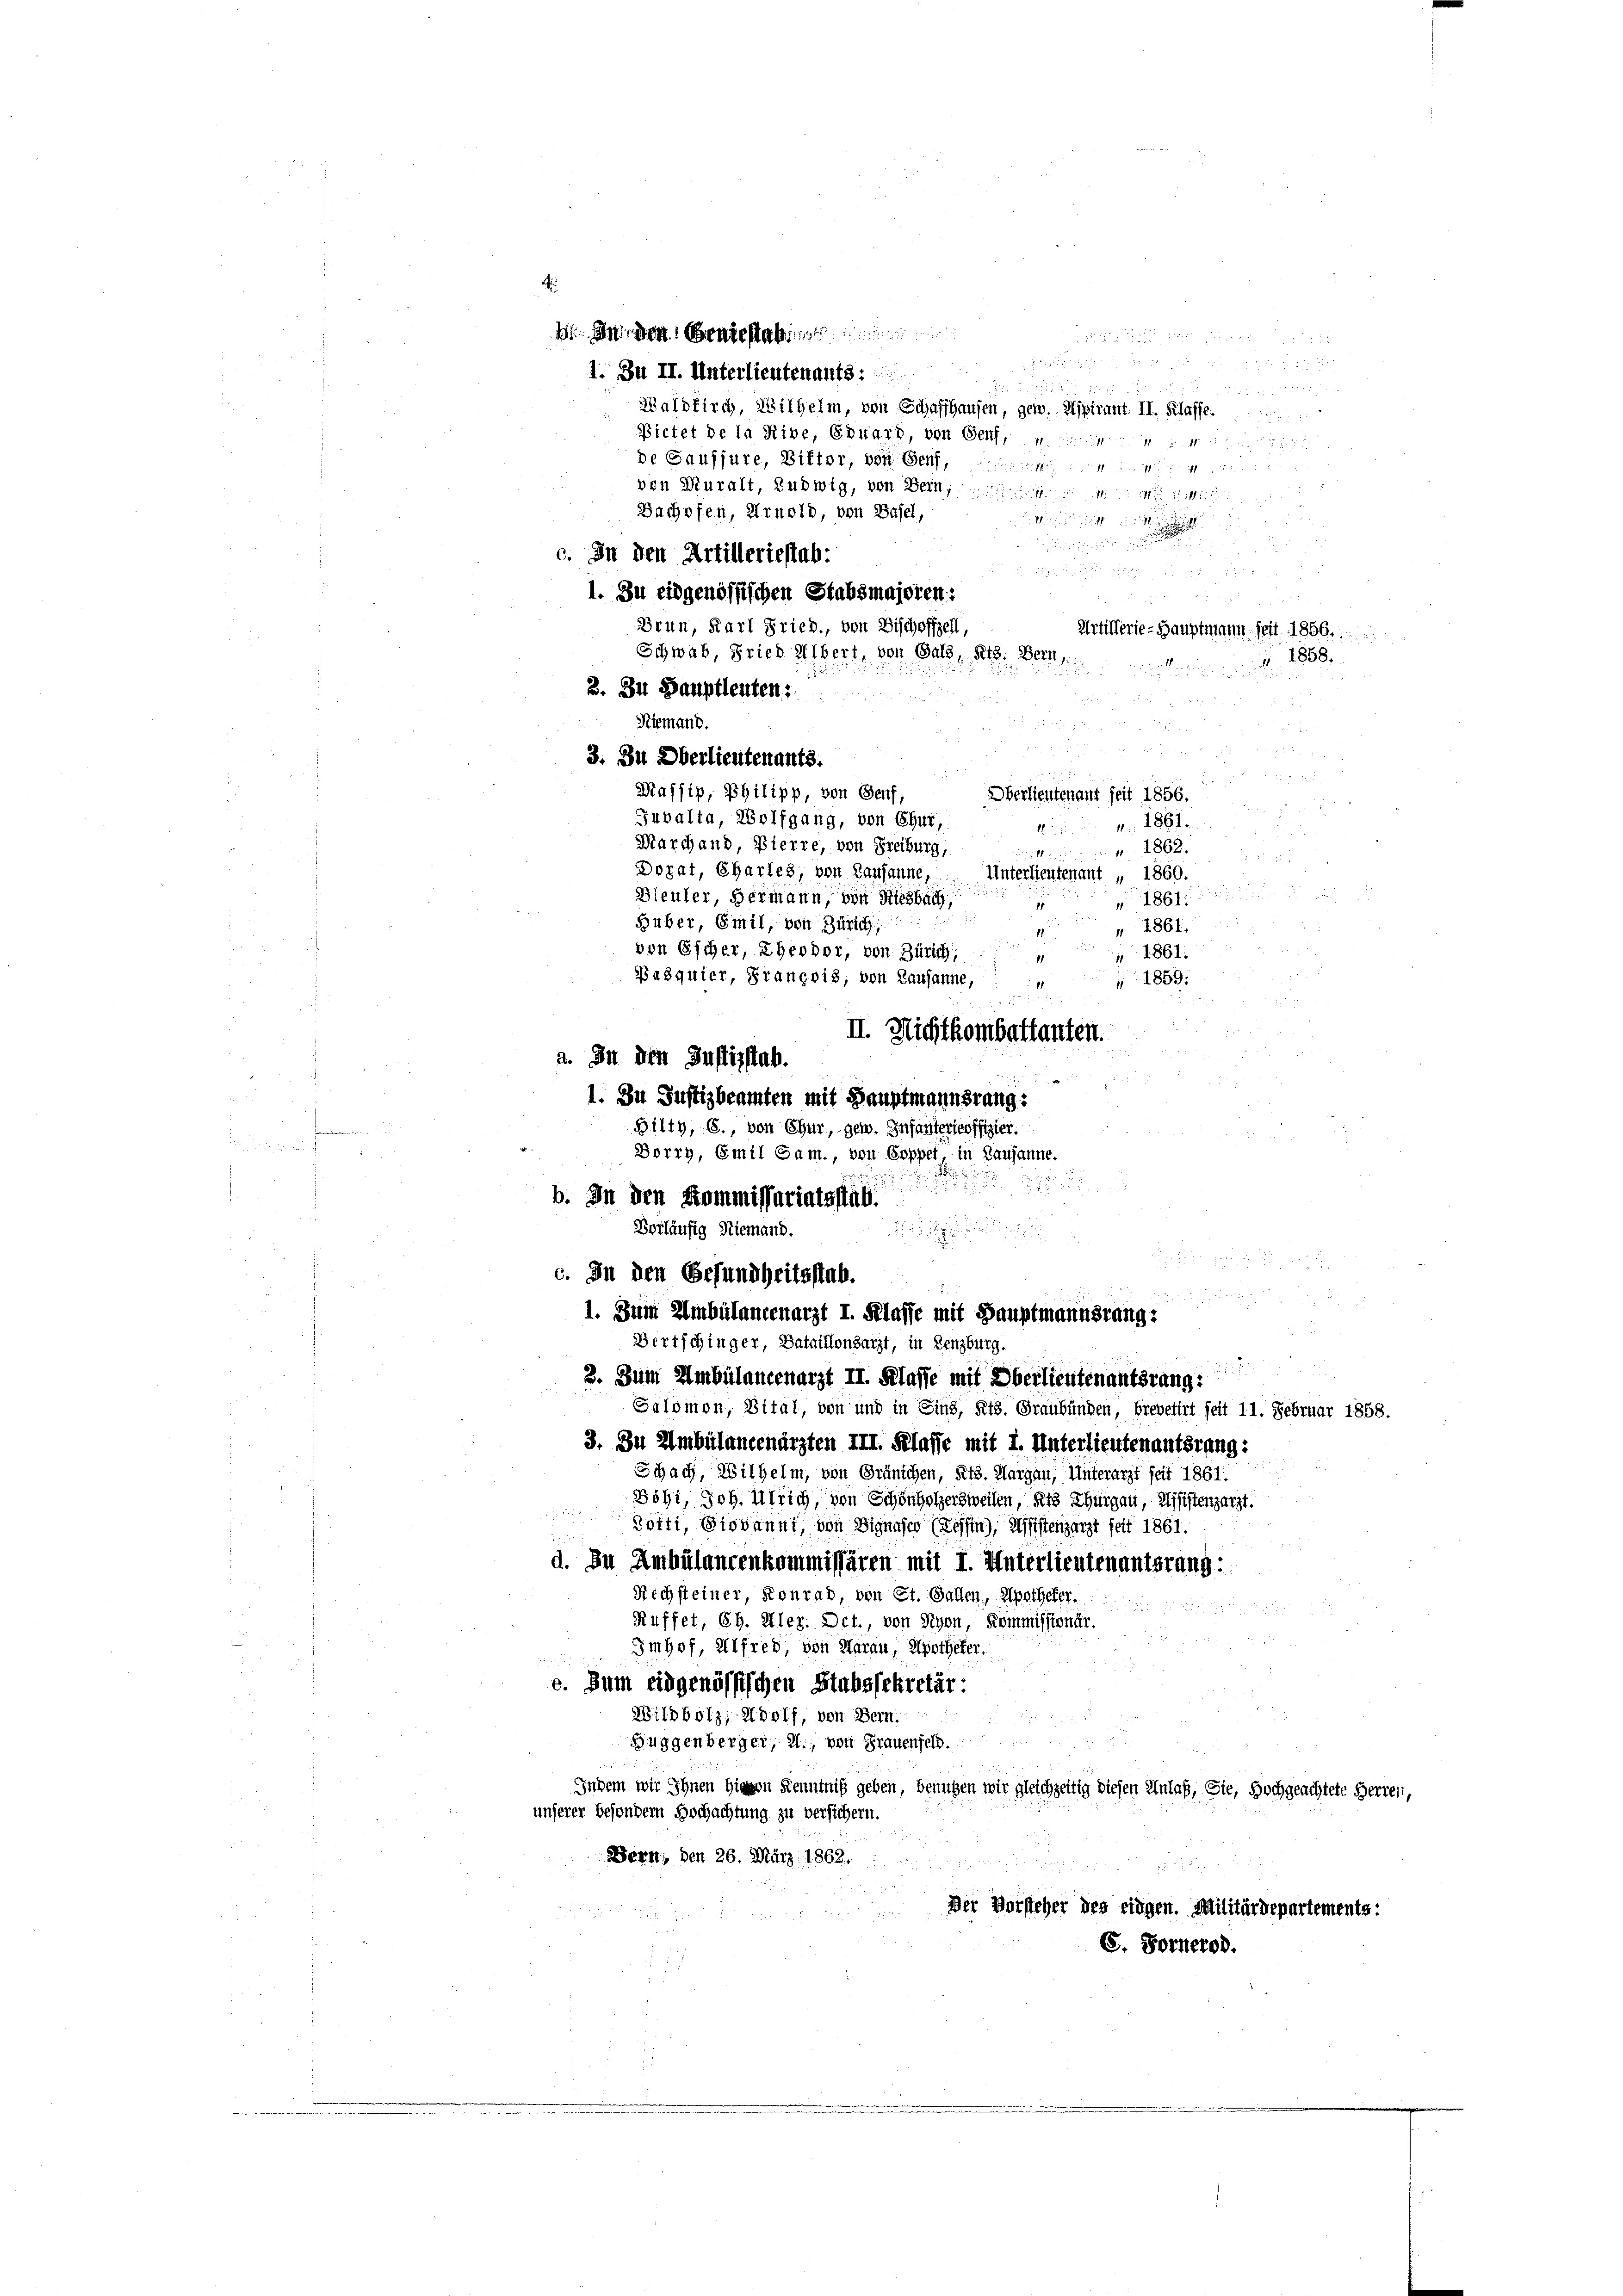
A

1 Herden engesterimite den
x
I. Zu II. Unterlieutenants:
a

Waldkirch, Wilhelm, von Schaffhausen, gew. Mipirant. II. Klasse.
Bietet de la Rive, Eduard, von Genf,
de Gaussure, Bitter, von Senf,
von Muralt, Ludwig, von Bern,
Bachofen, Arnold, von Basel,

c. In den Artilleriestab.

1. Zu eidgenössischen Stabsmajoren:
5 x
Drun, Karl Fried, von Bischoffzell,
Artilferie-Hauptmann seit 1856.

Schwab, Fried Albert, von Bald, Kts. Bern,
 1858.
2. In Hauptleuten z
Niemand.
u
u

r
3. In Oberlieutenants.
 4
Mafsip, Philipp, von Genf,
Oberlieutenant seit 1856.
 x x
Juvalta, Wolfgang, von Chur,

Marchand, Bierre, von Freiburg,
Dozat, Chartes, von Lausanne, Unterlieutenant „ 1860.
e
von Escher, Ehervor, von Zürich, 1861:
Borch, Emil Gam., von Coppet in Lausanne.
d
b. In den Kommissariatsstab.

Vorläufig Niemand.
c. In den Gesundheitsstab.
3. Zum Ambülancenarzt II. Klasse mit Oberlieutenantsrang
Salomon, Vital, von und in Eins, Kts. Graubünden, Brevetirt seit 11. Februar 1858.
3. Zu Ambülancenärzten III. Klasse mit I. Unterlieutenantsrang:
Schach, Wilhelm, von Gränichen, Kts. Margau, Unterarzt seit 1861.
Döhi, Joh. Ulrich, von Schönholzersweilen, Kts Thurgau, Assistenzarzt.
.
Zotti, Giovanni, von Signasco (Tessin, Meistenzarzt seit 1861.
d. Zu Ambülancenkommissären mit I. Unterlieutenantsrang:
Nechsteiner, Konrad, von St. Gallen, Apotheker.
Kuffet, Ch. Ulez: Dct., von Nyon, Kommissionär.

Imhof, Alfred, von Warau, Apotheker.

e. Zum eidgenössischen Stabssekretär:
Wildbolz, Adolf, von Bern.
Buggenberger, 2., von Frauenfeld.
Indem wir Ihnen Hievon Kenntniß geben, benutzen wir gleichzeitig diesen Anlaß, Sie, Hochgeachtete Herren,
unserer besondern Hochachtung zu versichern.
Bern, den 26. März 1862.
Der Vorsteher des eidgen. Militärdepartements:
C. Fornerod.

Bleuler, Hermann, von Riesbach,
Pasquier, François, von Lausanne,
a. In den Justizflab.
1. Zu Justizbeamten mit Hauptmannsrang:
Bilty, 6., von Chur, gew. Infanterleoffizier.

Huber, Emil, von Zürich,

d. M. 186
iktien
" 1862

1861.
2
 1861.
1859.
II. Nichtkombettanten.

d

.

1. Zum Umbülancenarzt I. Klasse mit Hauptmannsrang:
Bertschinger, Bataillonsarzt, in Lenzburg.